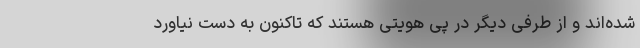
شده‌اند و از طرفی دیگر در پی هویتی هستند که تاکنون به‌ دست نیاورد